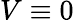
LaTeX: V\equiv 0